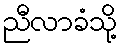
ညီလာခံသို့